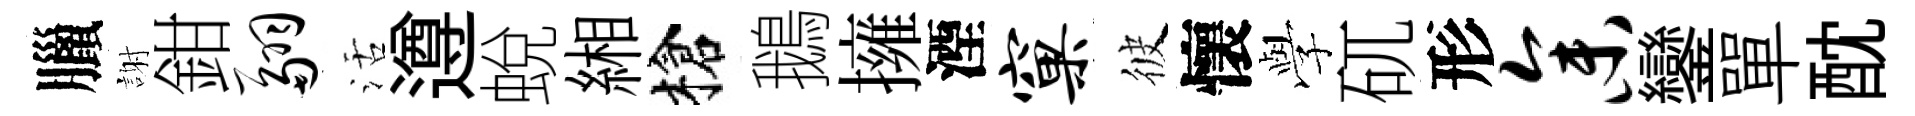
臘謝鉗翮活遵蛻緗槍鵝擁湮窠彼懷𫝯矹形参鑾單酖